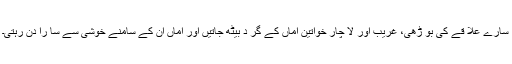
سارے علا قے کی بو ڑھی، غریب اور لا چار خواتین اماں کے گر د بیٹھ جاتیں اور اماں ان کے سامنے خوشی سے سا را دن رہتی۔